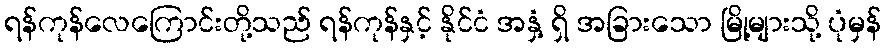
ရန်ကုန်လေကြောင်းတို့သည် ရန်ကုန်နှင့် နိုင်ငံ အနှံ့ ရှိ အခြားသော မြို့များသို့ ပုံမှန်